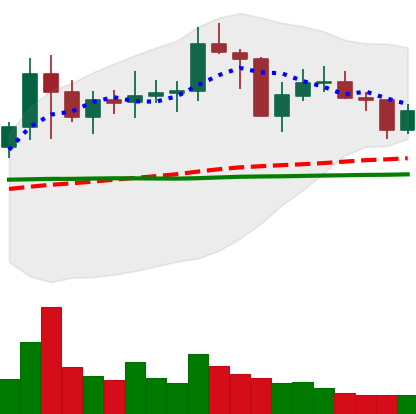
Ticker: NEO-USD
Chart end date: 2021-01-28
Forward return: 6.027%
Label: up_5_7